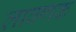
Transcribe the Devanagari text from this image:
लावणक